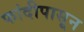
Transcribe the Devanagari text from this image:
फांदीपासून